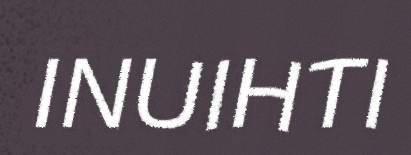
INUIHTI